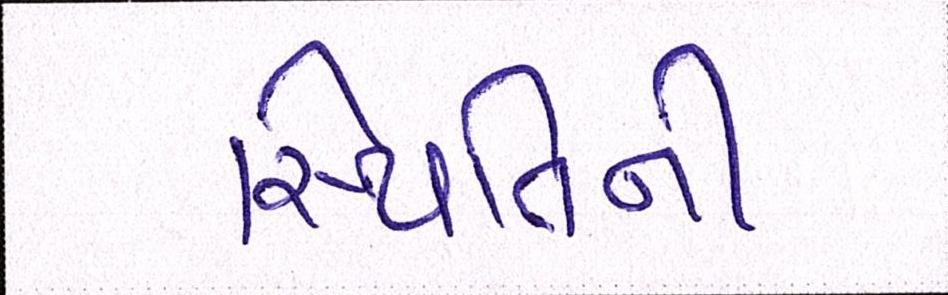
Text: સ્થિતિની